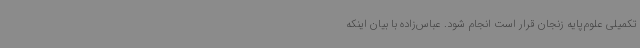
تکمیلی علوم‌پایه زنجان قرار است انجام شود. عباس‌زاده با بیان اینکه